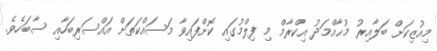
މިއުޒިކަށް ބަލާއިރު މުޙާއްމަދު އިކްރާމް މި ފިލްމުގައި ކޮށްފައިވާ މަސައްކަތަށް އައްސަރިބަހާއި ސާބަހެވެ.